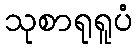
သုစာရုရူပံ